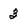
Character: 3